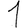
Digit: 1